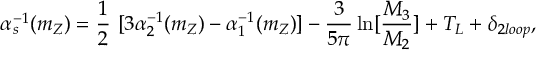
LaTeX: \alpha _ { s } ^ { - 1 } ( m _ { Z } ) = { \frac { 1 } { 2 } } ~ [ 3 \alpha _ { 2 } ^ { - 1 } ( m _ { Z } ) - \alpha _ { 1 } ^ { - 1 } ( m _ { Z } ) ] - { \frac { 3 } { 5 \pi } } \ln [ { \frac { M _ { 3 } } { M _ { 2 } } } ] + T _ { L } + \delta _ { 2 l o o p } ,